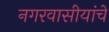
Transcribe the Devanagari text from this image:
नगरवासीयांचे